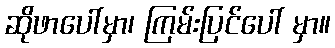
ဆိုဖာပေါ်မှာ၊ ကြမ်းပြင်ပေါ် မှာ။